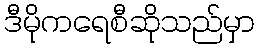
ဒီမိုကရေစီဆိုသည်မှာ